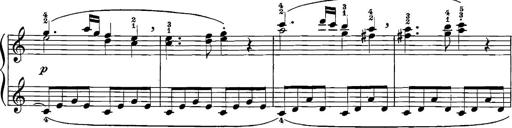
Title: 12 Sonatinas
Composer: Ignaz Pleyel